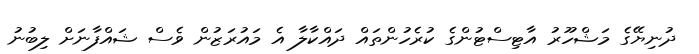
ދުނިޔޭގެ މަޝްހޫރު އާޓިސްޓުންގެ ކުރެހުންތައް ދައްކާލާ އެ މައުރަޒުން ވެސް ޝައްފާނަށް ލިބުނު